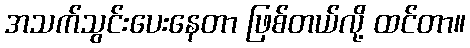
အသက်သွင်းပေးနေတာ ဖြစ်တယ်လို့ ထင်တာ။